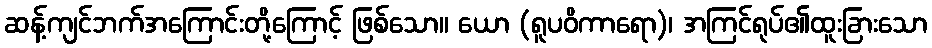
ဆန့်ကျင်ဘက်အကြောင်းတို့ကြောင့် ဖြစ်သော။ ယော (ရူပဝိကာရော)၊ အကြင်ရုပ်၏ထူးခြားသော